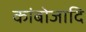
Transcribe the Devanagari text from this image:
कांबोजादि